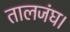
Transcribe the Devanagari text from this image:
तालजंघ।